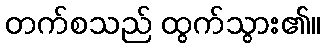
တက်စသည် ထွက်သွား၏။